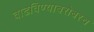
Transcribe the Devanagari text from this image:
वाढविण्याबरोबरच